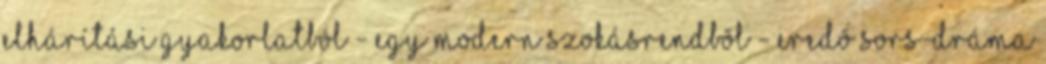
elhárítási gyakorlatból - egy modern szokásrendbõl - eredõ sors-dráma